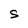
Character: S